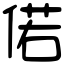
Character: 偌